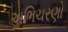
અભિચરણો